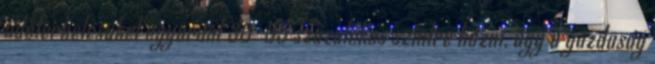
adóterhelésüket egyaránt 30-35 százalékos szintre hozni, úgy a gazdaság